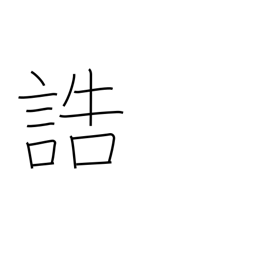
Meaning: give instructions